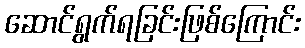
ဆောင်ရွက်ရခြင်းဖြစ်ကြောင်း